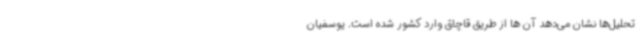
تحلیل‌ها نشان می‌دهد آن ها از طریق قاچاق وارد کشور شده است. یوسفیان